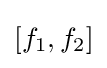
[f_{1},f_{2}]